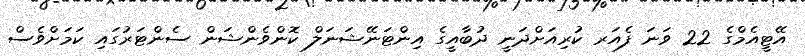
އޭޓީއެމްގެ 22 ވަނަ ފެއަރ ކުރިއަށްދަނީ ދުބާއީގެ އިންޓަނޭޝަނަލް ކޮންވެންޝަން ސެންޓަރުގައި ކަމަށްވެސް